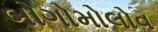
બોગોમોલોવ